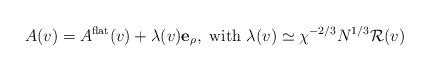
LaTeX: \begin{align*}A(v)=A^{\rm flat}(v)+\lambda(v) \mathbf{e}_\rho,\textrm{ with }\lambda(v)\simeq \chi^{-2/3} N^{1/3} {\cal R}(v)\end{align*}